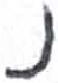
אות: נ